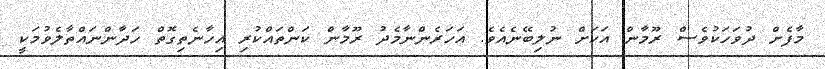
މާފެށް ދުވަހަކުވެސް ރޫމާން އަކަށް ނުލިބޭނެއެވެ. އަހަރެންނާމެދު ރޫމާން ކަންތައްކުރި އިހާނެތިގޮތް ހަދާންނައްތާލެވުމަކީ